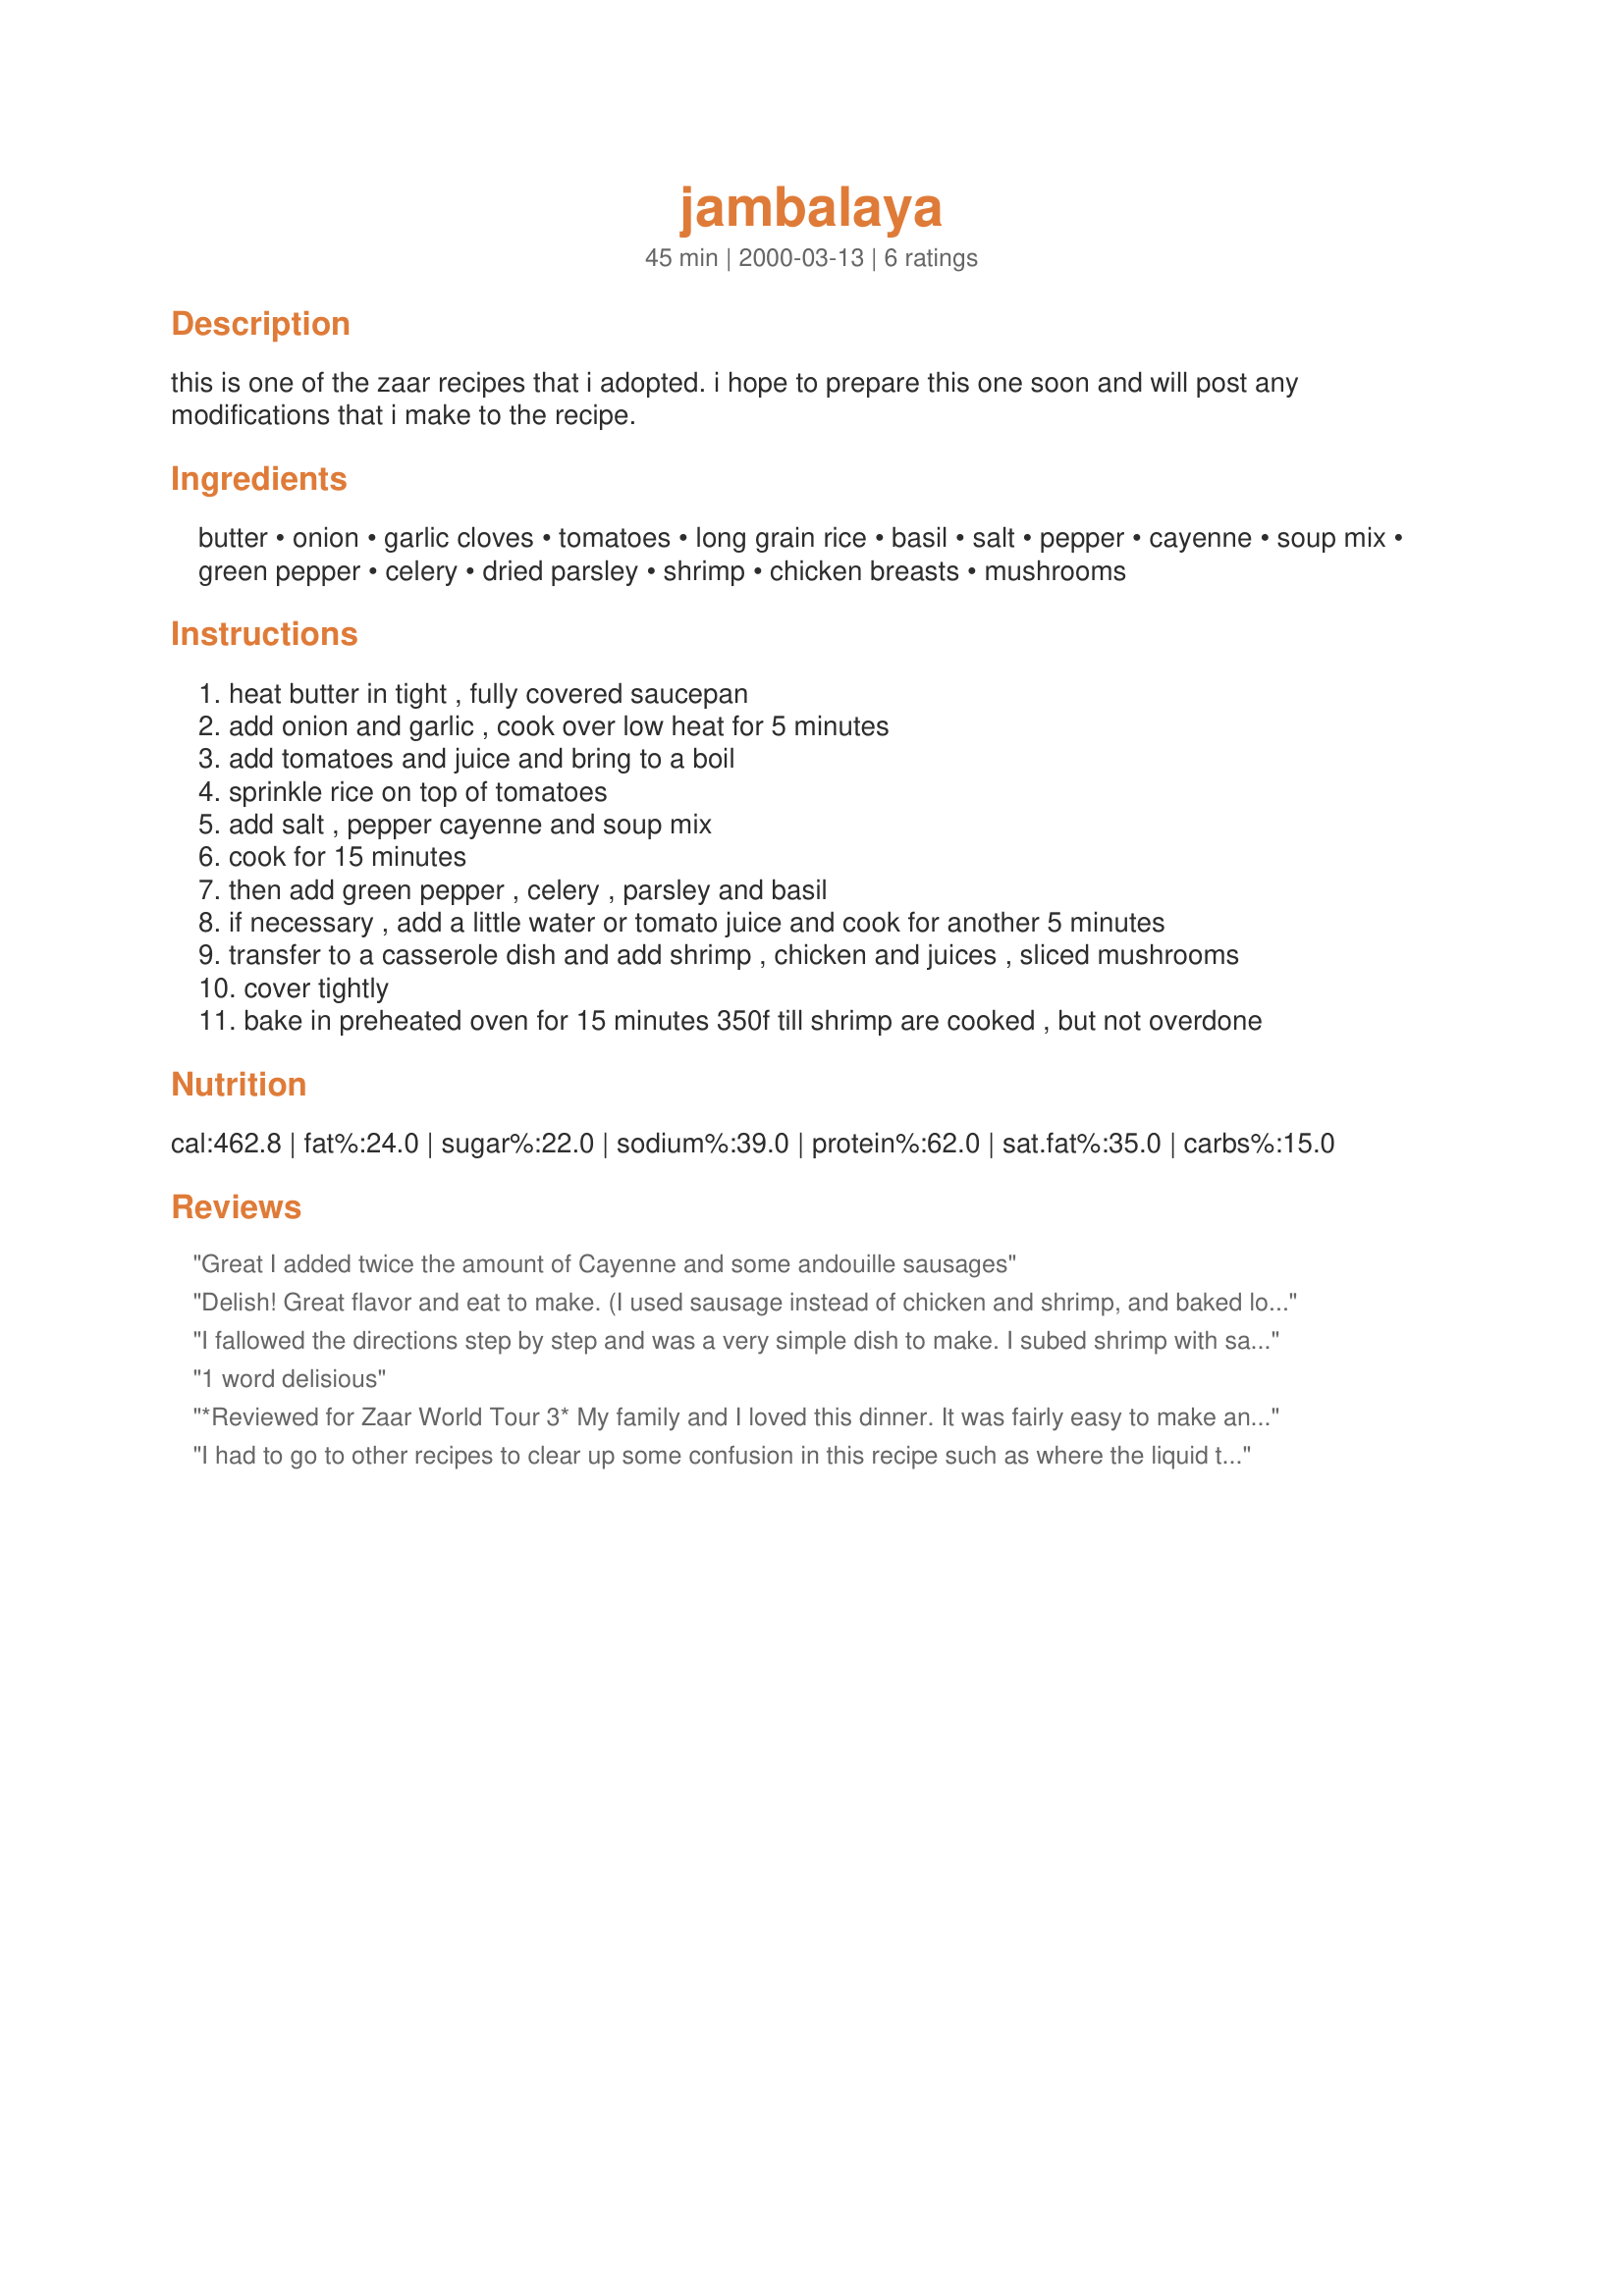
jambalaya
Preparation time: 45 minutes

this is one of the zaar recipes that i adopted. i hope to prepare this one soon and will post any modifications that i make to the recipe.

Ingredients:
butter, onion, garlic cloves, tomatoes, long grain rice, basil, salt, pepper, cayenne, soup mix, green pepper, celery, dried parsley, shrimp, chicken breasts, mushrooms

Steps:
heat butter in tight , fully covered saucepan
add onion and garlic , cook over low heat for 5 minutes
add tomatoes and juice and bring to a boil
sprinkle rice on top of tomatoes
add salt , pepper cayenne and soup mix
cook for 15 minutes
then add green pepper , celery , parsley and basil
if necessary , add a little water or tomato juice and cook for another 5 minutes
transfer to a casserole dish and add shrimp , chicken and juices , sliced mushrooms
cover tightly
bake in preheated oven for 15 minutes 350f till shrimp are cooked , but not overdone

Reviews:
Great I added twice the amount of Cayenne and some andouille sausages
Delish! Great flavor and eat to make. (I used sausage instead of chicken and shrimp, and baked longer than 15 minutes.)
I fallowed the directions step by step and was a very simple dish to make. I subed shrimp with sasuage, the family loved it!!!!
1 word delisious
*Reviewed for Zaar World Tour 3* My family and I loved this dinner. It was fairly easy to make and the flavours were great. I think it needed some extra liquid for the rice to cook- but otherwise just followed the recipe. Times stated were good. *Thankyou Dreamgoddess for being a wonderful Captain for the "Naughty but Nice" team throughout ZWT3* Photo also being posted
I had to go to other recipes to clear up some confusion in this recipe such as where the liquid to cook the rice was. But this was easy to do and the taste was excellent!!
